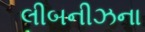
લીબનીઝના